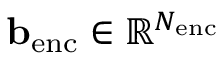
\mathbf { b } _ { \mathrm { e n c } } \in \mathbb { R } ^ { N _ { \mathrm { e n c } } }